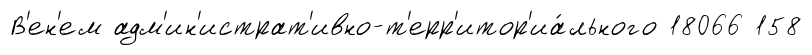
В'ен'ем адм'ин'истрат'ивно-т'ерр'итор'иа́льного 18066 158